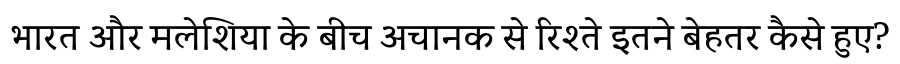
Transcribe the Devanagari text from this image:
भारत और मलेशिया के बीच अचानक से रिश्ते इतने बेहतर कैसे हुए?